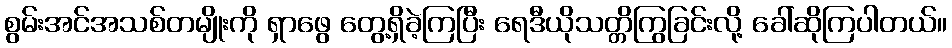
စွမ်းအင်အသစ်တမျိုးကို ရှာဖွေ တွေ့ရှိခဲ့ကြပြီး ရေဒီယိုသတ္တိကြွခြင်းလို့ ခေါ်ဆိုကြပါတယ်။